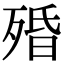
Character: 殙